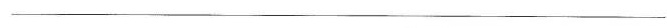
___